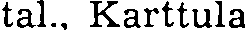
tal., Karttula